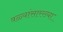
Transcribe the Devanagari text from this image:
वळ्यांसारख्या